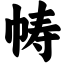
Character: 帱